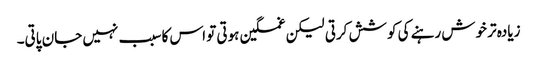
زیادہ تر خوش رہنے کی کوشش کرتی لیکن غمگین ہوتی تو اس کا سبب نہیں جان پاتی۔